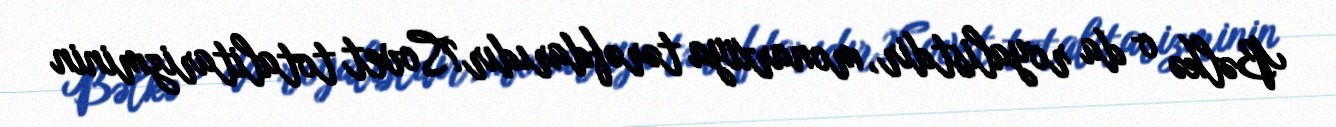
Bəlkə o da royalistdir, monarxiya tərəfdarıdır?Sovet totalitarizminin